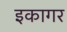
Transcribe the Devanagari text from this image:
इकागर